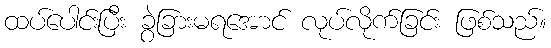
ထပ်ပေါင်းပြီး ခွဲခြားမရအောင် လုပ်လိုက်ခြင်း ဖြစ်သည်။